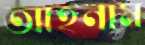
আহনাম